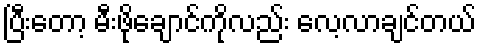
ပြီးတော့ မီးဖိုချောင်ကိုလည်း လေ့လာချင်တယ်